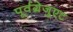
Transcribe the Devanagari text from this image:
पूर्वग्रेजुएट